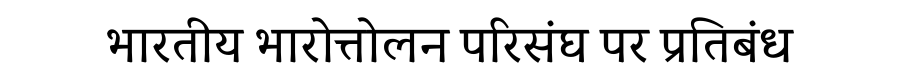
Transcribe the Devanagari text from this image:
भारतीय भारोत्तोलन परिसंघ पर प्रतिबंध